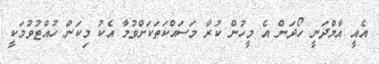
އެއީ އާމްދަނީ ހޯދަން އެ މީހުން ކުރާ މަސައްކަތަކަށްވުމާ އެކު މިކަން ހުއްޓުވުމަކީ